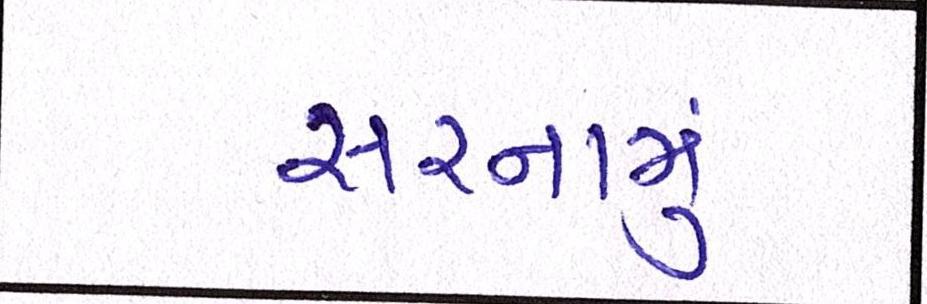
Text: સરનામું